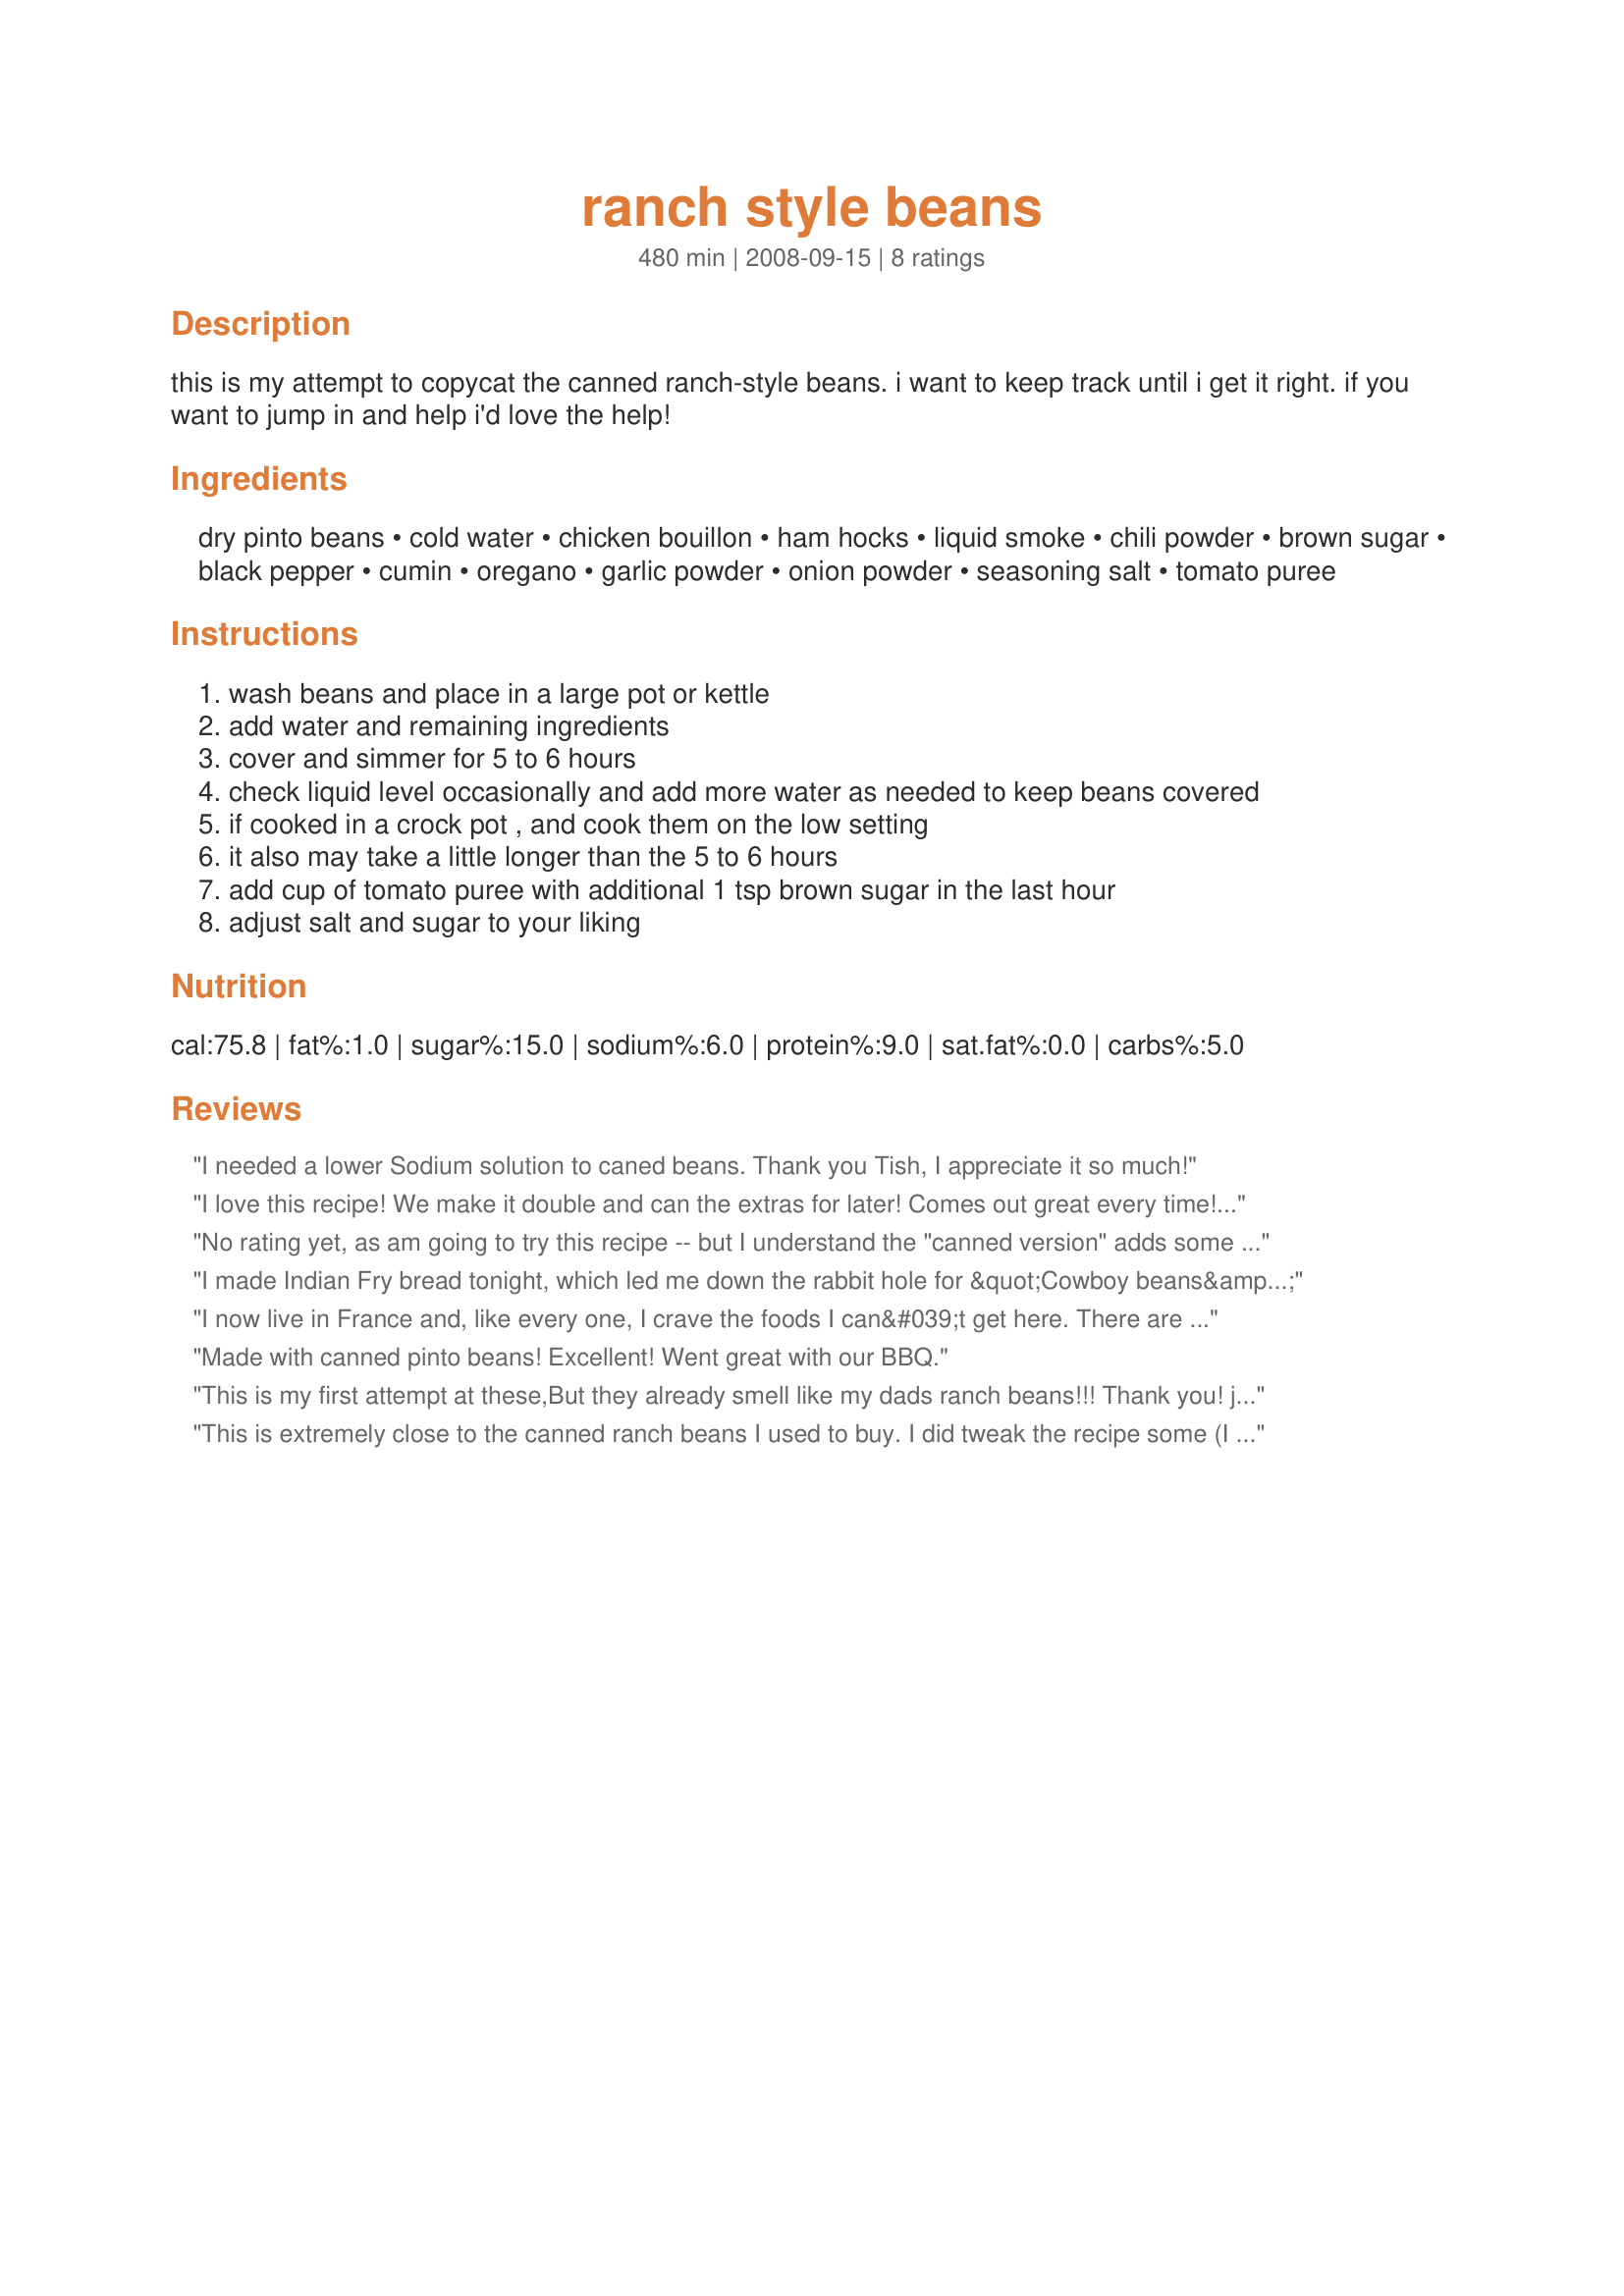
ranch style beans
Preparation time: 480 minutes

this is my attempt to copycat the canned ranch-style beans. i want to keep track until i get it right. if you want to jump in and help i'd love the help!

Ingredients:
dry pinto beans, cold water, chicken bouillon, ham hocks, liquid smoke, chili powder, brown sugar, black pepper, cumin, oregano, garlic powder, onion powder, seasoning salt, tomato puree

Steps:
wash beans and place in a large pot or kettle
add water and remaining ingredients
cover and simmer for 5 to 6 hours
check liquid level occasionally and add more water as needed to keep beans covered
if cooked in a crock pot , and cook them on the low setting
it also may take a little longer than the 5 to 6 hours
add cup of tomato puree with additional 1 tsp brown sugar in the last hour
adjust salt and sugar to your liking

Reviews:
I needed a lower Sodium solution to caned beans. Thank you Tish, I appreciate it so much!
I love this recipe! We make it double and can the extras for later! Comes out great every time! Thank you!
No rating yet, as am going to try this recipe -- but I understand the "canned version" adds some cinnamon. I will let you know my results in a new review soon.
I made Indian Fry bread tonight, which led me down the rabbit hole for &quot;Cowboy beans&quot;, which led me to &quot;Ranch beans&quot; I WILL make these &amp; review them. I'm infamous for tweaking recipes with off the wall, unexpected ingredients! Off to adventure!
I now live in France and, like every one, I crave the foods I can&#039;t get here. There are ingredients in your recipe that I can&#039;t get here but since I wanted Ranch Style Bean, I made do. I bought and then rinced 3 small cans of red beans, used lardons fume (real bacon bits - because a ham hock is too big for a small pot), used dried onion flakes, and added 1 tsp of sweet paprika. It took 15 minutes to prepare and is delicious! Thank you!
Made with canned pinto beans! Excellent! Went great with our BBQ.
This is my first attempt at these,But they already smell like my dads ranch beans!!! Thank you! just having the house smell like such a powerful memory on fathers dad is...well.. tearful!!
This is extremely close to the canned ranch beans I used to buy. I did tweak the recipe some (I also doctor the store bought ones) I added 2 T. molasses for more sweet/smokiness and 1/2 chopped, sauteed onion. I wanted to add more salt, but thought I'd like to try to keep these lower in sodium.
